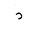
Letter: _dal